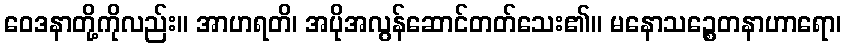
ဝေဒနာတို့ကိုလည်း။ အာဟရတိ၊ အပိုအလွန်ဆောင်တတ်သေး၏။ မနောသဉ္စေတနာဟာရော၊